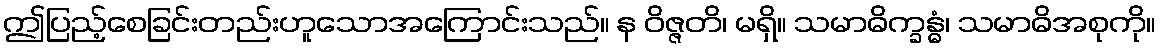
ဤပြည့်စေခြင်းတည်းဟူသောအကြောင်းသည်။ န ဝိဇ္ဇတိ၊ မရှိ။ သမာဓိက္ခန္ဓံ၊ သမာဓိအစုကို။